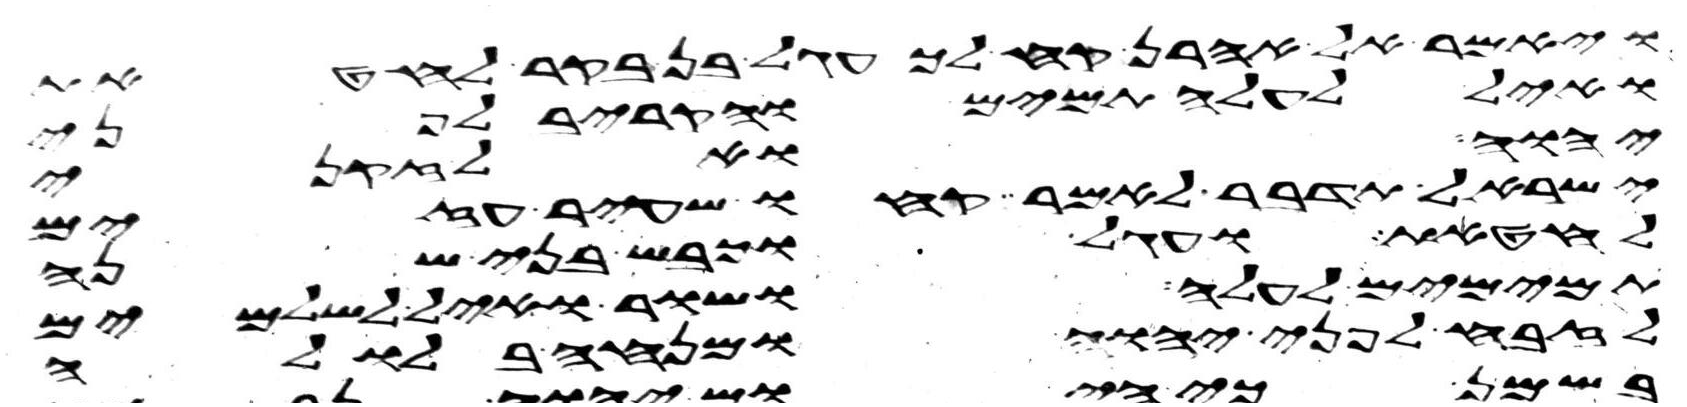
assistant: ויאמר אל אהרן קח לך עגל בן בקר לחטאת
ואיל לעלה תמימם והקריב לפני
יהוה ואל זקני
ישראל תדבר לאמר קחו שעיר עזים
לחטאת ועגל וכבש בני שנה
תמימם לעלה ושור ואיל לשלמים
לזבח לפני יהוה ומנחה בלולה